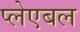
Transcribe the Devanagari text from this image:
प्लेएबल